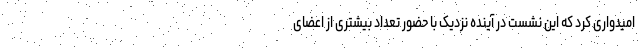
امیدواری کرد که این نشست در آینده نزدیک با حضور تعداد بیشتری از اعضای